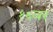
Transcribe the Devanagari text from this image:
१६वर